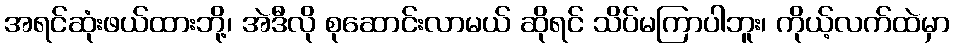
အရင်ဆုံးဖယ်ထားဘို့၊ အဲဒီလို စုဆောင်းလာမယ် ဆိုရင် သိပ်မကြာပါဘူး၊ ကိုယ့်လက်ထဲမှာ